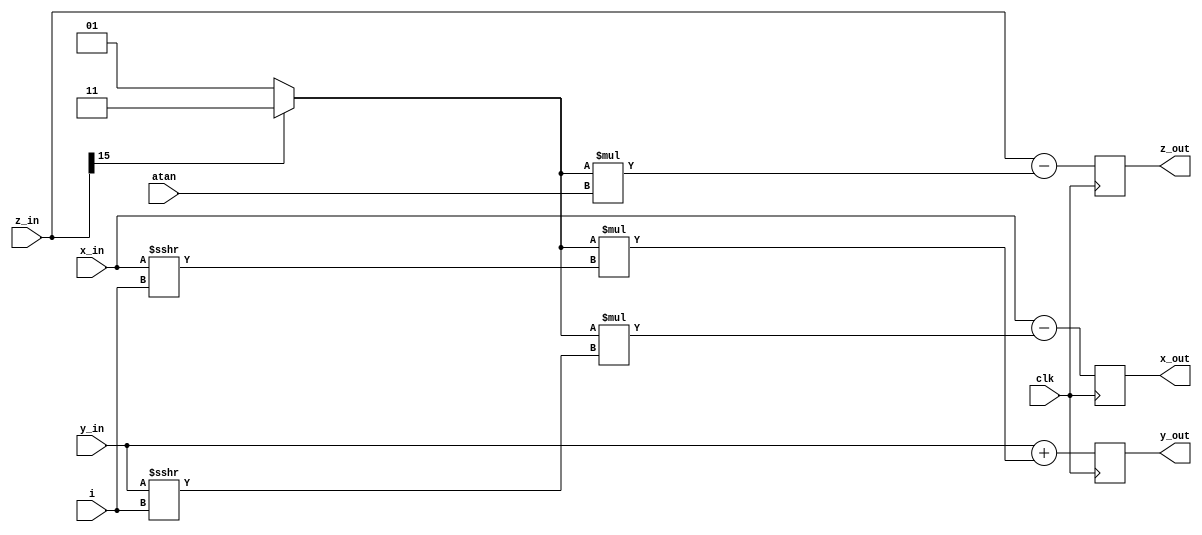
`timescale 1ns / 1ps
//////////////////////////////////////////////////////////////////////////////////
// Company: 
// Engineer: 
// 
// Design Name: 
// Module Name:    cordic_single_stage 
// Project Name: 
// Target Devices: 
// Tool versions: 
// Description: 
//
// Dependencies: 
//
// Revision: 
// Revision 0.01 - File Created
// Additional Comments: 
//
//////////////////////////////////////////////////////////////////////////////////
module cordic_single_stage #(parameter m = 6, parameter n = 10, parameter iter_length = 4)(clk, x_in, y_in, z_in, i, atan, x_out, y_out, z_out);
	input clk;
	input signed [m + n - 1:0] x_in, y_in, z_in;
	input signed [m + n - 1:0] atan;
	input [iter_length - 1:0] i;
	output reg [m + n - 1:0] x_out, y_out, z_out;
	reg signed [1:0] d;	
	
	always @(posedge clk) begin
		d = z_in[m + n - 1] == 1'b0 ? 1 : -1;
		x_out = x_in - d * (y_in >>> i);
		y_out = y_in + d * (x_in >>> i);
		z_out = z_in - d * atan;
	end


endmodule